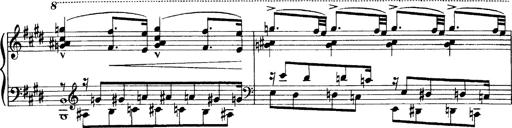
Title: OuvertÃ¼re zu TannhÃ¤user
Composer: Franz Liszt